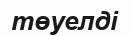
төуелді